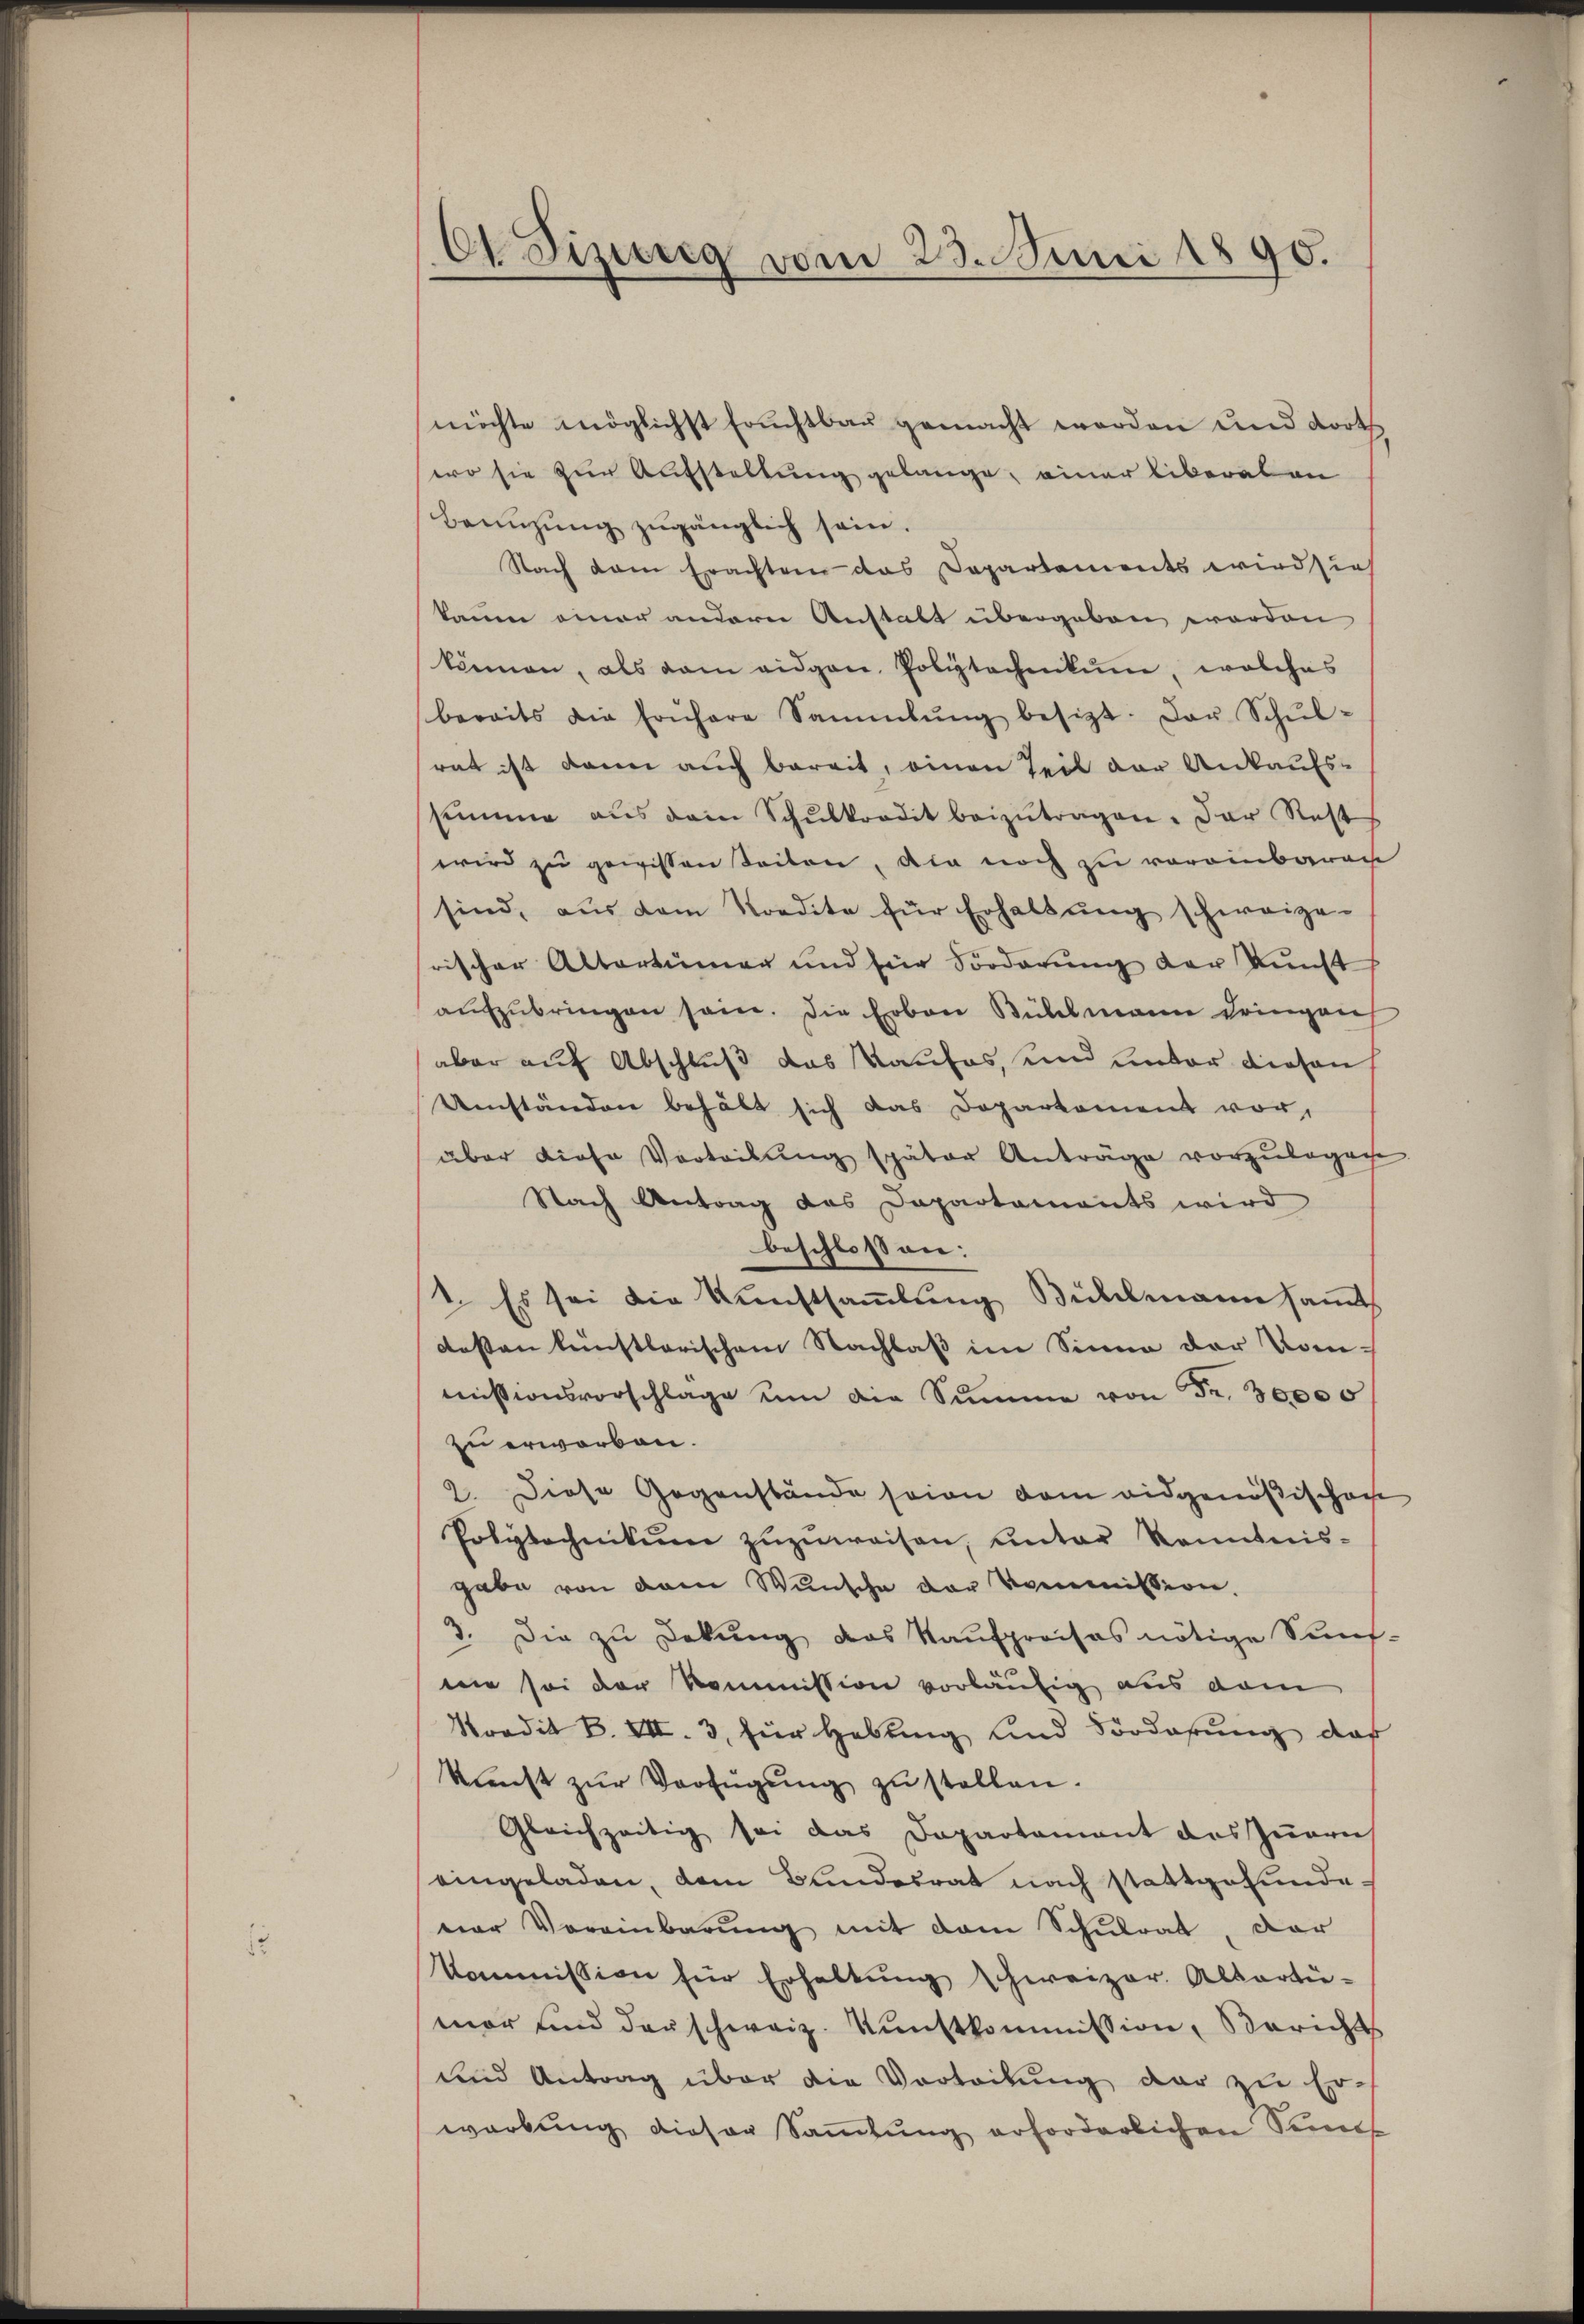
6 Fizung vom 23. Juni 1890.

möchte möglichst Fruchtbar gemacht worden und dorth
wo sie zur Aufstellung gelange, einer liberalen
Benŭzŭng zugänglich sein.
Nach dem Erachten das Departements wird sieh
kaum einer anderer Anstalt übergeben worden
können, als dam eidgen. Poliztachenkung, welches
bereits die frühere Sammlung besizt. Der Schŭl-
rat ist dann auch bereit, einen Teil der Ankaufs-
summe aŭs dem Schŭlkordit beizŭtragen. Der Rest
wird zu gewissen Seiten, die noch zu voreinbaren
sind, aŭs dem Nordite für Erhaltŭng schweize-
rischer Altertümer und für Sorderung der Kunst
aŭfzŭbringen sein. Die Erben Bühlmann dringen
aber auf Abschluß das Kaufes, und unter diesen,
Umständen behält sich das Doparkoment vor,
über diese Vorteilŭng später Anträge vorzŭlegen
Nach Antrag das Dapartaments wird
beschlossen:
1. Es sei die Kunstsammlung Bühlmann samt
desten künstlerischem Nachlaß im Sinne der Kom-
misionsvorschlage um die Summe von Fr. 30000
zu erworben.
2. Diese Gegenstände soin dem eidgenößischen
Polytechnikum zŭzŭweisen, unter kanntnis-
gabe von dem Wunsche der Kommission.
3. Die zu Dekŭng des Kaŭfpreises nötige Sünf-
wie sei der Kommission vorläufig aus dem
Soodik B. VII. 3, für Hebung und Forderung das
kunst zŭr Verfügung zu stellen.
Gleichzeitig sei das Departement des Iṅern
eingeladen, dem Bundesrat nach stattgefundevor Voreinbarung mit dem Schulrat, dar
koṁission für Erhaltŭng schweizer. Altarti-
mar und der schweiz. Kunstkommission, Berichts
und Antrag über die Vortribung dar zu Er-
warbŭng dieser Sammlung erforderlichen Semes